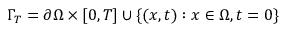
\Gamma _ { T } = \partial \Omega \times [ 0 , T ] \cup \{ ( x , t ) : x \in \Omega , t = 0 \}